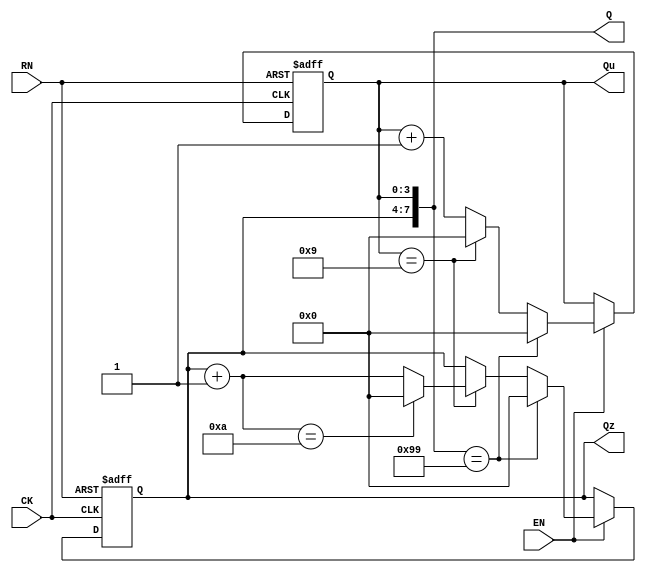
module iiitb_bcdc(RN,EN,CK,Qz,Qu,Q);
	input RN,CK,EN;
	output [3:0]Qz,Qu;
	output [7:0]Q;
	reg [3:0] Qz1,Qu1;
	always@(posedge CK or negedge RN)
		begin
		if(!RN)
			begin
			Qz1=4'b0;
			Qu1=4'b0;
			end
		else if(EN)
			begin
			if({Qz1,Qu1}==8'b10011001)
				begin
				Qz1=4'b0;
				Qu1=4'b0;
				end
			else if(Qu1==4'b1001)
				begin
				Qu1=4'b0;
				Qz1=Qz1+1;
				if(Qz1==4'b1010)
					Qz1=4'b0;
				end
			else Qu1=Qu1+1;
			end
		end
	assign Q={Qz1,Qu1};
	assign Qu=Qu1;
	assign Qz=Qz1;
endmodule